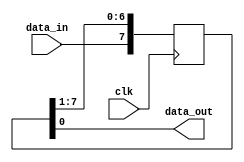
module shift_register (
    input wire clk,
    input wire data_in,
    output wire data_out
);

parameter WIDTH = 8; // Number of stages in the shift register
parameter DIRECTION = 1; // 1 for right shift, 0 for left shift

reg [WIDTH-1:0] register;

always @(posedge clk) begin
    if(DIRECTION == 1)
        register <= {data_in, register[WIDTH-1:1]};
    else
        register <= {register[WIDTH-2:0], data_in};
end

assign data_out = register[0];

endmodule